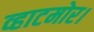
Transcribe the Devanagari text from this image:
व्हाटमोर।